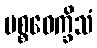
ပစ္စဝေက္ခိသံ